Report on vaccination in Madras 1904-1921 - 1904-1921
Year: 1904
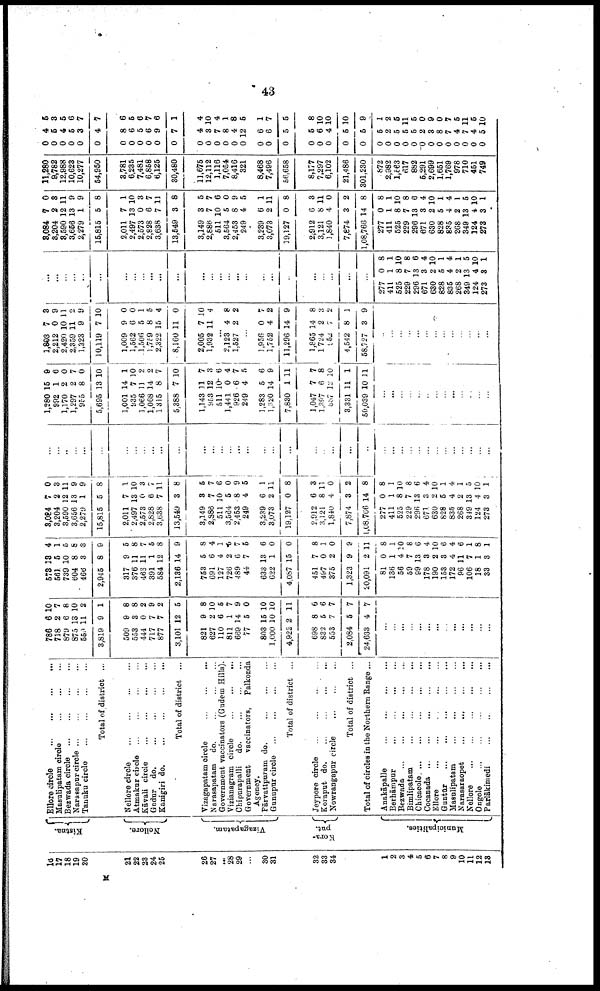
43
16
17
18
19
20
21
22
23
24
25
26
27
...
28
29
...
30
31
32
33
34
1
2
3
4
5
6
7
8
9
10
11
12
18
Kistna.
Nellore.
Vizagapatam.
Kora¬
put.
Municipalities.
Ellore circle
...
...
...
...
Masulipatam circle
...
...
...
Bezwada circle
...
...
...
...
Narasapur circle
...
...
...
...
Tanuku circle
...
...
...
...
Total of district ...
Nellore circle
...
...
...
...
Atmakur circle
...
...
...
...
Kāvali circle
...
...
...
...
Gudur do.
...
...
...
...
Kanigiri
do.
...
...
...
...
Total of district ...
Vizagapatam circle
...
...
...
Narasapatam do.
...
...
...
Government vaccinators (Gudem Hills).
Vizianagram circle
...
...
...
Chipurapalli
do.
...
...
...
Government
vaccinators,
Palkonda
Agency.
Fārvatīpuram do.
...
...
...
Gunupur circle
...
...
...
...
Total of district ...
Jeypore circle ... ... ... ...
Koraput
do. ... ... ... ...
Nowrangapur circle
...
...
...
Total of district ...
Total of circles in the Northern Range ...
Anakāpalle ... ... ... ...
Berhāmpur
...
...
...
...
Bezwada
...
...
...
...
...
Bimlipatam
...
...
...
...
Chicacole
...
...
...
...
...
Cocanada
...
...
...
...
...
Ellore
...
...
...
...
...
Guntūr
...
...
...
...
...
Masulipatam
...
...
...
...
Narasaraopet
...
...
...
...
Nellore
...
...
...
...
...
Ongole
...
...
...
...
...
Parlākimedi
...
...
...
...
786
718
879
875
559
3,819
509
553
444
717
877
3,101
821
627
110
811
669
77
803
1,000
4,922
698
832
553
2,084
24,633
6
2
6
13
11
9
9
3
0
7
7
12
9
2
6
1
14
5
15
10
2
8
5
7
5
4
10
7
8
10
2
1
8
8
2
9
2
5
8
10
5
7
9
0
10
10
11
6
6
7
7
7
...
...
...
...
...
...
...
...
...
...
...
...
...
573
561
739
604
466
2,945
317
376
466
391
584
2,136
753
691
127
726
489
44
633
622
4,087
451
497
375
1,323
20,091
81
136
56
59
99
178
190
153
172
96
106
18
33
18
5
10
8
3
8
9
11
11
1
12
14
5
6
4
2
6
7
13
1
15
7
0
2
9
2
0
1
4
7
13
3
2
3
4
11
7
1
3
4
1
5
8
3
9
5
8
7
5
8
9
8
4
1
5
7
5
6
0
0
8
1
0
9
11
8
1
10
8
6
4
10
6
4
6
1
8
1
3,084
3,204
3,590
3,656
2,279
15,815
2,011
2,497
2,573
2,828
3,638
13,549
3,149
2,886
511
3,564
2,453
249
3,239
3,073
19,127
2,912
3,121
1,840
7,874
1,08,766
277
411
525
229
296
671
630
828
835
268
349
124
273
7
2
12
13
1
5
7
13
0
6
7
3
3
7
10
5
8
4
6
2
0
6
8
4
3
14
0
1
8
7
13
3
2
5
4
2
13
4
3
0
3
11
9
9
8
1
10
3
7
11
8
5
7
6
0
9
5
1
11
8
3
11
0
2
8
8
1
10
8
6
4
10
1
4
1
5
10
1
...
...
...
...
...
...
...
...
...
...
...
...
...
...
...
...
...
...
...
...
...
...
...
...
...
...
...
...
...
...
...
...
...
...
...
...
...
1,280
992
1,170
1,297
955
5,695
1,001
935
1,066
1,068
1,315
5,388
1,143
953
511
1,441
926
249
1,283
1,320
7,830
1,047
1,397
887
3,331
50,039
15
1
2
2
8
13
14
7
11
14
8
7
11
12
10
0
6
4
5
14
1
7
6
12
11
10
9
6
0
7
0
10
1
10
2
2
7
10
7
3
6
4
7
5
6
9
11
7
8
10
1
11
...
...
...
...
...
...
...
...
...
...
...
...
...
1,803
2,212
2,420
2,359
1,323
10,119
1,009
1,562
1,506
1,759
2,322
8,160
2,005
1,932
7
0
10
11
9
7
9
6
5
8
15
11
7
11
8
9
11
2
9
10
0
0
1
5
4
0
10
4
...
2,123
1,527
4
2
8
2
...
1,956
1,752
11,296
1,865
1,724
952
4,542
58,727
0
4
14
14
2
7
8
3
7
2
9
8
3
2
1
9
...
...
...
...
...
...
...
...
...
...
...
...
...
...
...
...
...
...
...
...
...
...
...
...
...
...
...
...
...
...
...
...
...
...
...
...
...
...
...
277
411
525
229
296
671
630
828
835
268
349
124
273
0
1
8
7
13
3
2
5
4
2
13
4
3
8
1
10
8
6
4
10
1
4
1
5
10
1
3,084
3,204
3,590
3,656
2,279
15,815
2,011
2,497
2,573
2,828
3,638
13,549
3,149
2,886
511
3,564
2,453
249
3,289
3,073
19,127
2,912
3,121
1,840
7,874
1,08,766
277
411
525
229
296
671
630
828
835
268
349
124
273
7
2
12
13
1
5
7
13
0
6
7
3
3
7
10
5
8
4
6
2
0
6
8
4
3
14
0
1
8
7
13
3
2
5
4
2
13
4
3
0
3
11
9
9
8
1
10
3
7
11
8
5
7
6
0
9
5
1
11
8
3
11
0
2
8
8
1
10
8
6
4
10
1
4
1
5
10
1
11,280
9,782
12,988
10,623
10,277
54,950
3,781
6,235
7,481
6,858
6,125
30,480
11,675
12,112
1,116
7,054
8,416
321
8,468
7,496
56,658
8,177
7,297
6,102
21,486
301,230
872
2,982
1,563
617
882
6,291
2,699
1,651
1,769
978
710
451
749
0
0
0
0
0
0
0
0
0
0
0
0
0
0
0
0
0
0
0
0
0
0
0
0
0
0
0
0
0
0
0
0
0
0
0
0
0
0
0
4
5
4
5
3
4
8
6
5
6
9
7
4
3
7
8
4
12
6
6
5
5
6
4
5
5
5
2
5
5
5
2
3
8
7
4
7
4
5
5
8
5
6
7
7
6
5
6
7
6
1
4
10
4
1
8
6
1
7
5
8
10
10
10
9
1
2
5
11
5
0
9
0
7
5
11
5
10
M